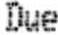
DUE